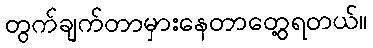
တွက်ချက်တာမှားနေတာတွေ့ရတယ်။